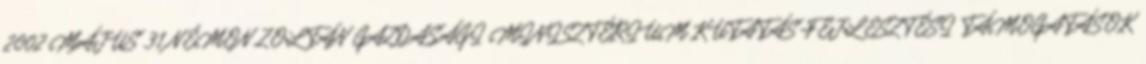
2002 MÁJUS 31 NÉMON ZOLTÁN GAZDASÁGI MINISZTÉRIUM KUTATÁS-FEJLESZTÉSI TÁMOGATÁSOK